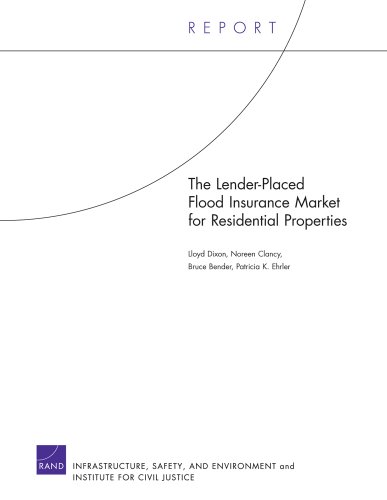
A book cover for The Lender-Placed Flood Insurance Market for Residential Properties; Lloyd Dixon; Business & Money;